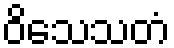
ဝိသေသတံ